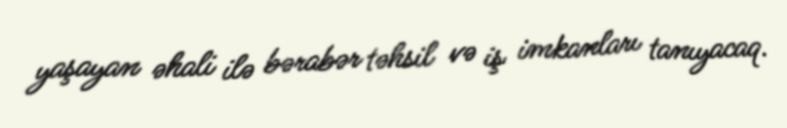
yaşayan əhali ilə bərabər təhsil və iş imkanları tanıyacaq.